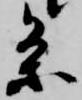
条